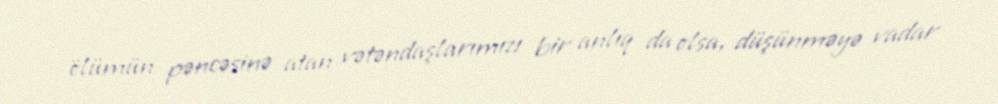
ölümün pəncəsinə atan vətəndaşlarımızı bir anlıq da olsa, düşünməyə vadar